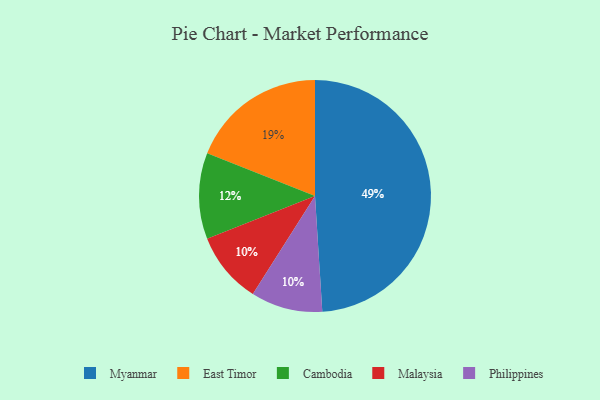
{"axis": {"x": "Category", "y": "Percentage"}, "legend": ["Cambodia", "East Timor", "Malaysia", "Myanmar", "Philippines"], "data": [{"x": "Myanmar", "y": 49, "type": "Myanmar"}, {"x": "Malaysia", "y": 10, "type": "Malaysia"}, {"x": "East Timor", "y": 19, "type": "East Timor"}, {"x": "Cambodia", "y": 12, "type": "Cambodia"}, {"x": "Philippines", "y": 10, "type": "Philippines"}]}